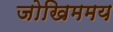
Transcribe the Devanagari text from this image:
जोखिममय